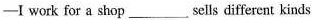
——I work for a shop___sells different kinds